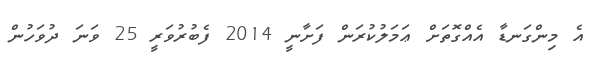
އެ މިންގަނޑާ އެއްގޮތަށް ޢަމަލުކުރަން ފަށާނީ 2014 ފެބުރުވަރީ 25 ވަނަ ދުވަހުން